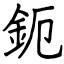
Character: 鈪